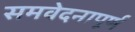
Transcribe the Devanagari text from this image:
समवेदनापूर्ण